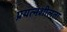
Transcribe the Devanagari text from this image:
प्रयत्नशीलता